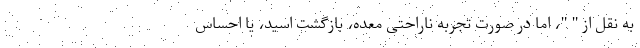
به نقل از " "، اما در صورت تجربه ناراحتی معده، بازگشت اسید، یا احساس